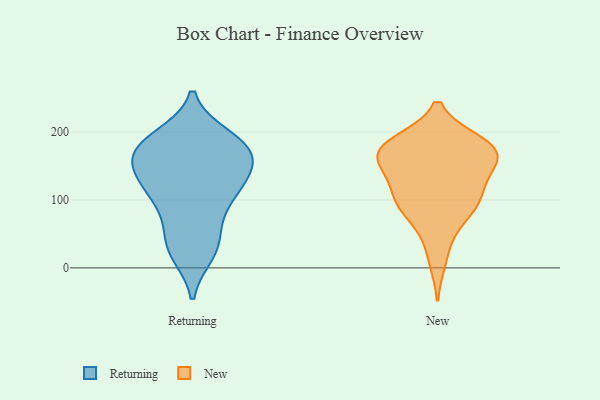
{"axis": {"x": "Energy Usage (MWh)", "y": "Value"}, "legend": ["New", "Returning"], "data": [{"x": "", "y": 154, "type": "Returning"}, {"x": "", "y": 128, "type": "Returning"}, {"x": "", "y": 166, "type": "Returning"}, {"x": "", "y": 43, "type": "Returning"}, {"x": "", "y": 155, "type": "Returning"}, {"x": "", "y": 39, "type": "Returning"}, {"x": "", "y": 123, "type": "Returning"}, {"x": "", "y": 175, "type": "Returning"}, {"x": "", "y": 105, "type": "Returning"}, {"x": "", "y": 92, "type": "Returning"}, {"x": "", "y": 130, "type": "Returning"}, {"x": "", "y": 22, "type": "Returning"}, {"x": "", "y": 21, "type": "Returning"}, {"x": "", "y": 171, "type": "Returning"}, {"x": "", "y": 193, "type": "Returning"}, {"x": "", "y": 126, "type": "Returning"}, {"x": "", "y": 181, "type": "Returning"}, {"x": "", "y": 191, "type": "Returning"}, {"x": "", "y": 81, "type": "Returning"}, {"x": "", "y": 179, "type": "Returning"}, {"x": "", "y": 102, "type": "New"}, {"x": "", "y": 94, "type": "New"}, {"x": "", "y": 149, "type": "New"}, {"x": "", "y": 185, "type": "New"}, {"x": "", "y": 81, "type": "New"}, {"x": "", "y": 171, "type": "New"}, {"x": "", "y": 50, "type": "New"}, {"x": "", "y": 161, "type": "New"}, {"x": "", "y": 185, "type": "New"}, {"x": "", "y": 183, "type": "New"}, {"x": "", "y": 154, "type": "New"}, {"x": "", "y": 171, "type": "New"}, {"x": "", "y": 164, "type": "New"}, {"x": "", "y": 11, "type": "New"}, {"x": "", "y": 179, "type": "New"}, {"x": "", "y": 100, "type": "New"}, {"x": "", "y": 122, "type": "New"}, {"x": "", "y": 91, "type": "New"}, {"x": "", "y": 128, "type": "New"}]}